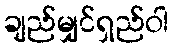
ချည်မျှင်ရှည်ဝါ